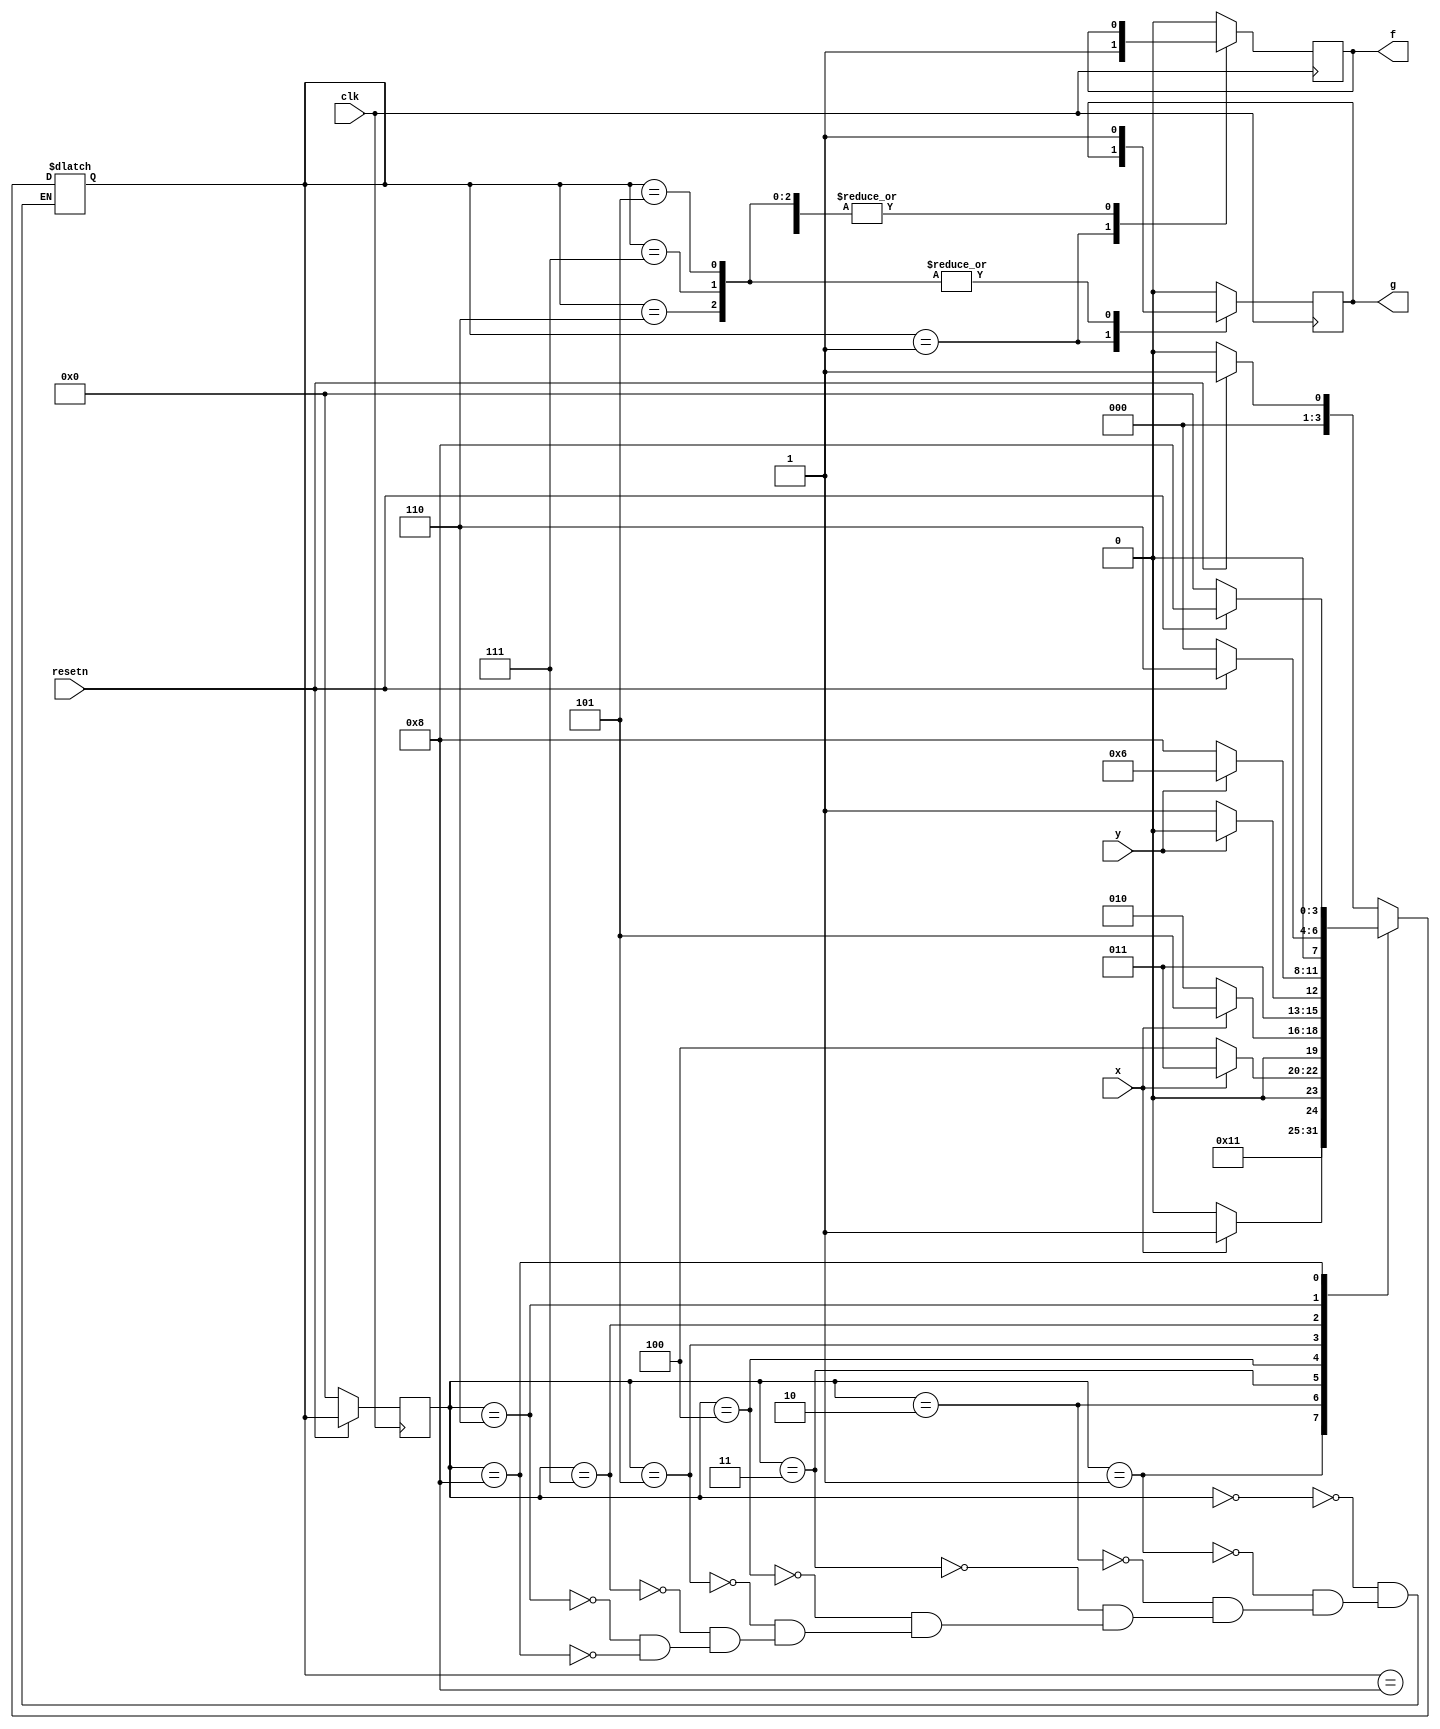
module top_module (
    input clk,
    input resetn,    // active-low synchronous reset
    input x,
    input y,
    output reg f,
    output reg g
); 

    parameter A=4'd0, f1=4'd1, tmp0=4'd2, tmp1=4'd3, tmp2=4'd4, g1=4'd5, g1p=4'd6, tmp3=4'd7, g0p=4'd8;
    reg [3:0] state, next_state;
    
    always@(*) begin
        case(state)
            A: begin
                if(resetn) 
                    next_state = f1;
                else
                    next_state = A;
            end
            f1:     next_state = tmp0;
            tmp0: begin
                if(x)
                    next_state = tmp1;
                else
                    next_state = tmp0;
            end
            tmp1: begin
                if(~x)
                    next_state = tmp2;
                else
                    next_state = tmp1;
            end
            tmp2: begin
                if(x)
                    next_state = g1;
                else
                    next_state = tmp0;
            end
            g1: begin
                if(y)
                    next_state = g1p;
                else
                    next_state = tmp3;
            end
            tmp3: begin
                if(y)
                    next_state = g1p;
                else
                    next_state = g0p;
            end
            g1p: begin
                if(~resetn)
                    next_state = A;
                else
                    next_state = g1p;
            end
            g0p: begin
                if(~resetn)
                    next_state = A;
                else
                    next_state = g0p;
            end
        endcase
    end
    
    always@(posedge clk) begin
        if(~resetn)
            state <= A;
        else
            state <= next_state;
    end
    
    always@(posedge clk) begin
        case(next_state)
            f1:     f <= 1'b1;
            g1,
            tmp3,
            g1p:    g <= 1'b1;
            g0p:    g <= 1'b0;
            default: begin
                    f <= 1'b0;
                    g <= 1'b0;
            end
        endcase
    end

endmodule